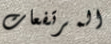
المرتفعات